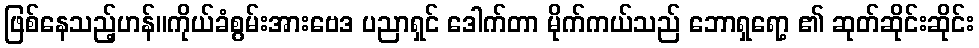
ဖြစ်နေသည့်ဟန်။ကိုယ်ခံစွမ်းအားဗေဒ ပညာရှင် ဒေါက်တာ မိုက်ကယ်သည် ဘောရှရော့ ၏ ဆုတ်ဆိုင်းဆိုင်း